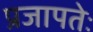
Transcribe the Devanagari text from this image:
प्रजापतेः